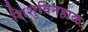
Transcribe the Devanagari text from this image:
शिशुविनहाळ